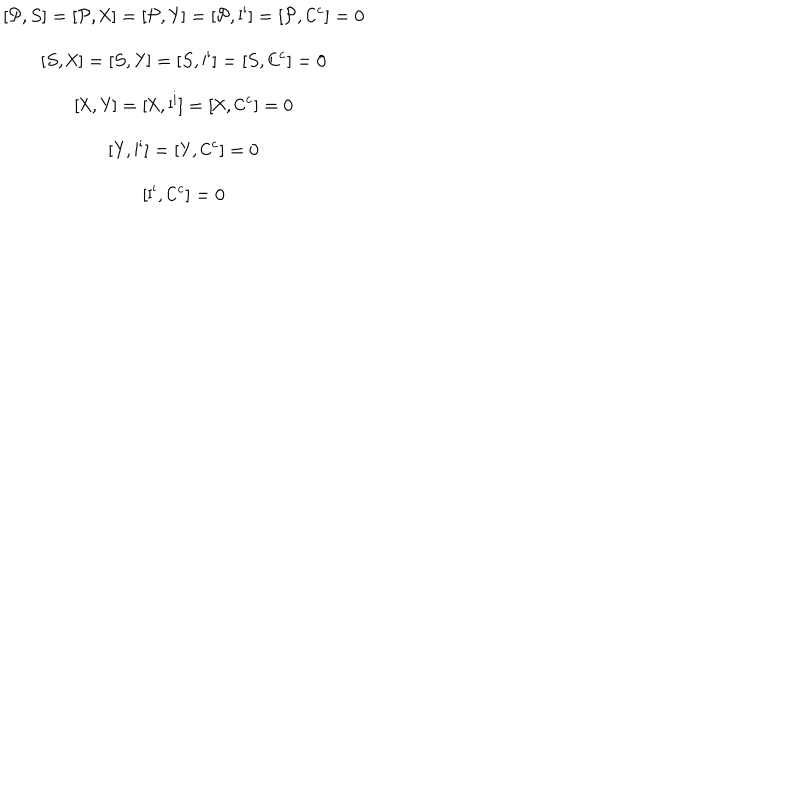
\begin{array} { c } { { [ { \cal P } , S ] = [ { \cal P } , { \sf X } ] = [ { \cal P } , { \sf Y } ] = [ { \cal P } , { \sf I } ^ { \sf i } ] = [ { \cal P } , { \sf C } ^ { \sf c } ] = 0 } } \\ { { [ S , { \sf X } ] = [ S , { \sf Y } ] = [ S , { \sf I } ^ { \sf i } ] = [ S , { \sf C } ^ { \sf c } ] = 0 } } \\ { { [ { \sf X } , { \sf Y } ] = [ { \sf X } , { \sf I } ^ { \sf i } ] = [ { \sf X } , { \sf C } ^ { \sf c } ] = 0 } } \\ { { [ { \sf Y } , { \sf I } ^ { \sf i } ] = [ { \sf Y } , { \sf C } ^ { \sf c } ] = 0 } } \\ { { [ { \sf I } ^ { \sf i } , { \sf C } ^ { \sf c } ] = 0 } } \\ \end{array}